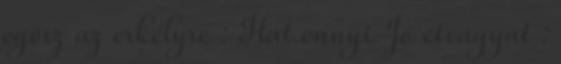
egész az erkélyre : Hát ennyi Jó étvágyat :